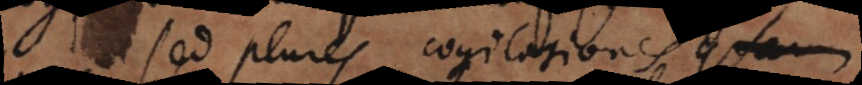
sed plures cogitationes quarum